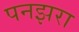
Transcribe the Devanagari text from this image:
पनझरा